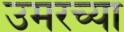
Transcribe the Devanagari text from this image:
उमरच्या